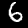
Digit: 6